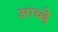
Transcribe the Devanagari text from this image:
आच्छे